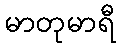
မာတုမာရီ